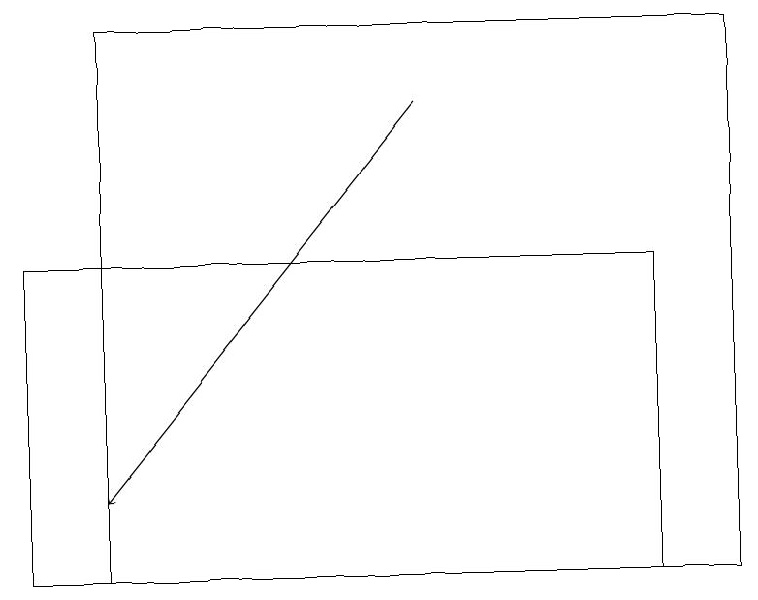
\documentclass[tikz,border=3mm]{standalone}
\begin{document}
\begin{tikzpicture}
\draw (1,19) rectangle (9,12);
\draw (0,12) rectangle (8,16);
\draw[->] (5,18) -- (1,13);
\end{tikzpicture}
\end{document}